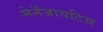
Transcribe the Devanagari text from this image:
मेनेंजायटिस